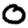
Digit: 0